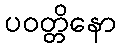
ပဝတ္တိနော